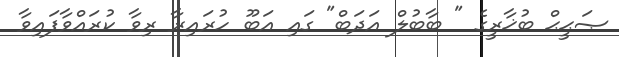
ޞަޙީޙް ބުޚާރީގެ " ބާބުލް އަދަބް" ގައި އަބޫ ހުރައިރާ ރިވާ ކުރައްވާފައިވާ